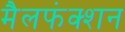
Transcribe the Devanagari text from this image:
मैलफंक्शन